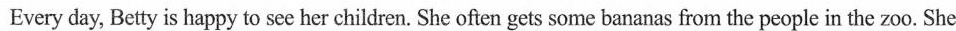
Every day, Betty is happy to see her children. She often gets some bananas from the people in the zoo. She